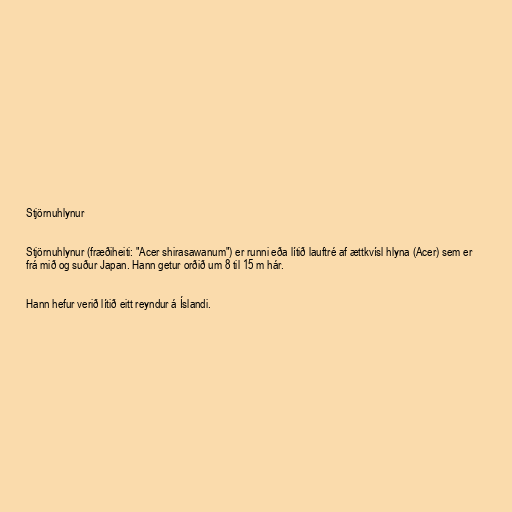
Stjörnuhlynur

Stjörnuhlynur (fræðiheiti: "Acer shirasawanum") er runni eða lítið lauftré af ættkvísl hlyna (Acer) sem er
frá mið og suður Japan. Hann getur orðið um 8 til 15 m hár.

Hann hefur verið lítið eitt reyndur á Íslandi.